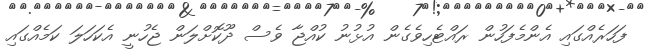
ފަހަރެއްގައި އެންމެފަހުން ރައްޓެހިވެގެން އުޅުނު ކުއްޖާ ވެސް ދޫކޮށްލަން ޖެހުނީ އެކަހަލަ ކަމެއްގައި